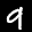
Label: 9